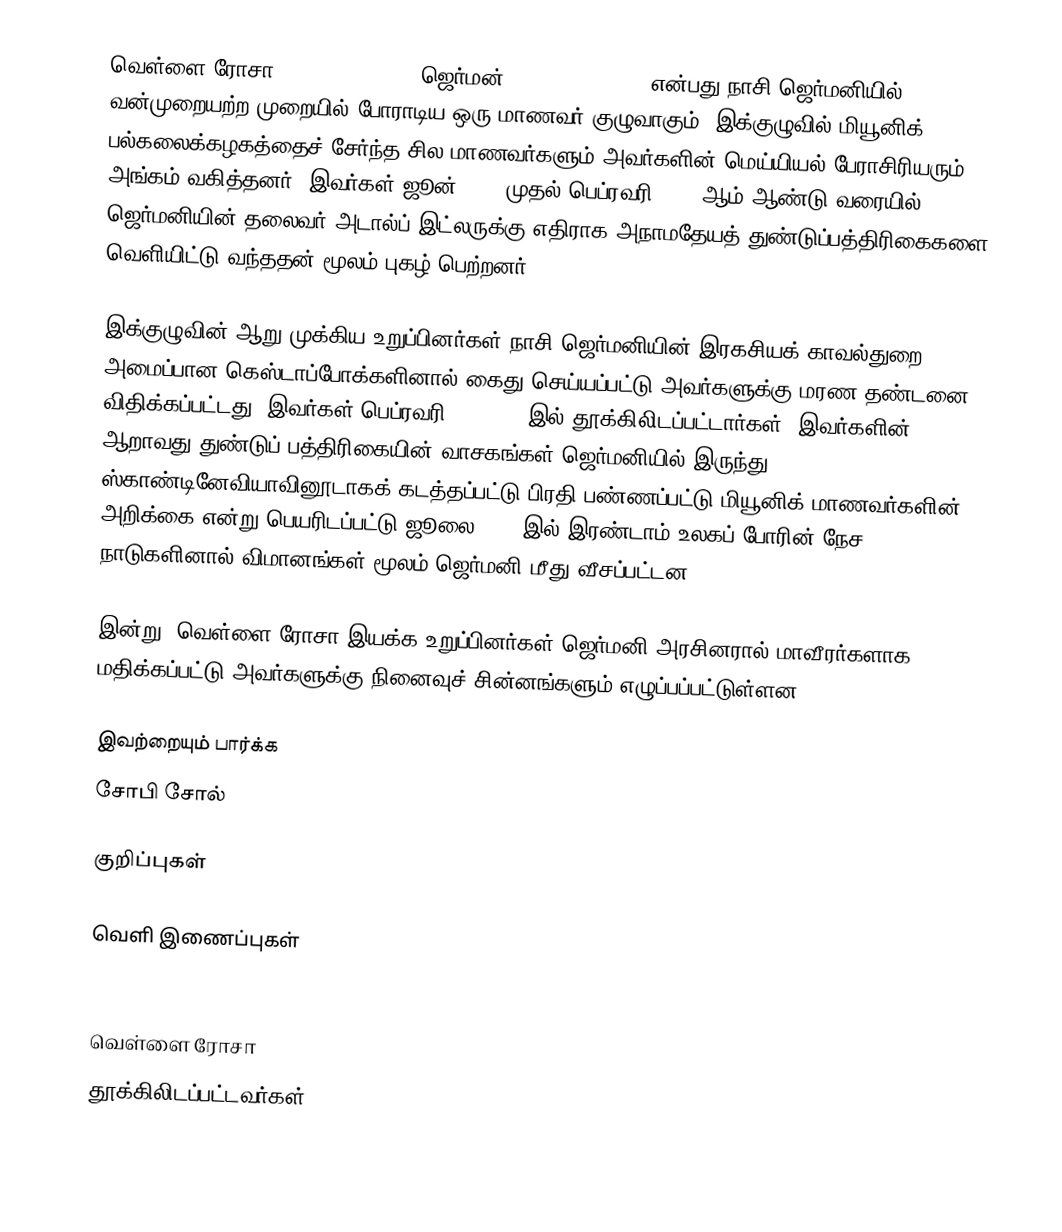
வெள்ளை ரோசா (The White Rose, ஜெர்மன்: die Weiße Rose) என்பது நாசி ஜெர்மனியில் வன்முறையற்ற முறையில் போராடிய ஒரு மாணவர் குழுவாகும். இக்குழுவில் மியூனிக் பல்கலைக்கழகத்தைச் சேர்ந்த சில மாணவர்களும் அவர்களின் மெய்யியல் பேராசிரியரும் அங்கம் வகித்தனர். இவர்கள் ஜூன் 1942 முதல் பெப்ரவரி 1943 ஆம் ஆண்டு வரையில் ஜெர்மனியின் தலைவர் அடால்ப் இட்லருக்கு எதிராக அநாமதேயத் துண்டுப்பத்திரிகைகளை வெளியிட்டு வந்ததன் மூலம் புகழ் பெற்றனர்.

இக்குழுவின் ஆறு முக்கிய உறுப்பினர்கள் நாசி ஜெர்மனியின் இரகசியக் காவல்துறை அமைப்பான கெஸ்டாப்போக்களினால் கைது செய்யப்பட்டு அவர்களுக்கு மரண தண்டனை விதிக்கப்பட்டது. இவர்கள் பெப்ரவரி 22, 1943 இல் தூக்கிலிடப்பட்டார்கள். இவர்களின் ஆறாவது துண்டுப் பத்திரிகையின் வாசகங்கள் ஜெர்மனியில் இருந்து ஸ்காண்டினேவியாவினூடாகக் கடத்தப்பட்டு பிரதி பண்ணப்பட்டு மியூனிக் மாணவர்களின் அறிக்கை என்று பெயரிடப்பட்டு ஜூலை 1943 இல் இரண்டாம் உலகப் போரின் நேச நாடுகளினால் விமானங்கள் மூலம் ஜெர்மனி மீது வீசப்பட்டன.

இன்று, வெள்ளை ரோசா இயக்க உறுப்பினர்கள் ஜெர்மனி அரசினரால் மாவீரர்களாக மதிக்கப்பட்டு அவர்களுக்கு நினைவுச் சின்னங்களும் எழுப்பப்பட்டுள்ளன.

இவற்றையும் பார்க்க
 சோபி சோல்

குறிப்புகள்

வெளி இணைப்புகள்
  : Center for White Rose Studies — Making the White Rose relevant to the 21st century

வெள்ளை ரோசா
தூக்கிலிடப்பட்டவர்கள்